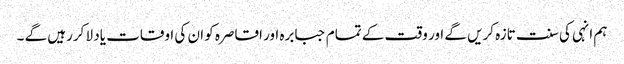
ہم انہی کی سنت تازہ کریں گے اور وقت کے تمام جبابرہ اور اقاصرہ کو ان کی اوقات یاد لا کررہیں گے ۔